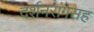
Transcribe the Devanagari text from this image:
दर्शनरांगेसह